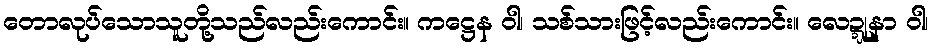
တောလုပ်သောသူတို့သည်လည်းကောင်း။ ကဋ္ဌေန ဝါ၊ သစ်သားဖြင့်လည်းကောင်း။ လေဍ္ဍုနာ ဝါ၊